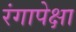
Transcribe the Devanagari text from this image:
रंगापेक्षा